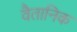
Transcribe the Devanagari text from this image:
वैतानिक